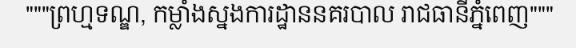
"""ព្រហ្មទណ្ឌ, កម្លាំងស្នងការដ្ឋាននគរបាល រាជធានីភ្នំពេញ"""